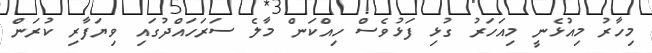
މިހާރު މިއުޅެނީ މިއަހަރު ގުޅި ފަޅުވެސް ހިއްކަން މާލެ ސަރަހައްދުގައި ވިޔަފާރި ކުރަން